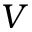
V